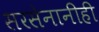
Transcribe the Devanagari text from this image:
सरसेनानीही